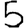
Digit: 5